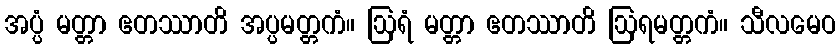
အပ္ပံ မတ္တာ ဧတဿာတိ အပ္ပမတ္တကံ။ ဩရံ မတ္တာ ဧတဿာတိ ဩရမတ္တကံ။ သီလမေဝ